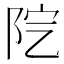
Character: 𨸵